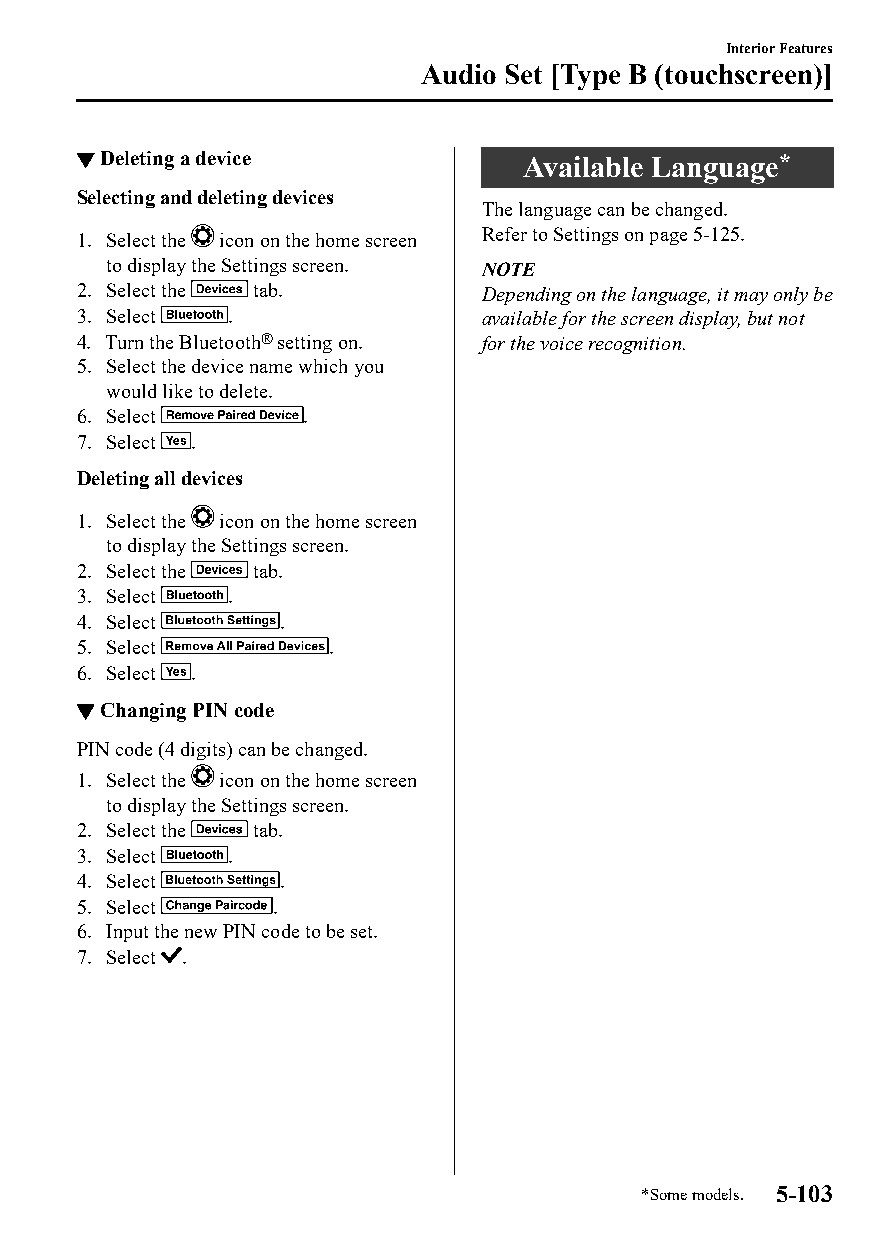
Interior Features
 Audio Set [Type B (touchscreen)]
 ▼Deleting a device           Available Language*
 Selecting and deleting devices
 The language can be changed.
 Refer to Settings on page 5-125.
 1. Select the icon on the home screen
 to display the Settings screen. NOTE
 2. Select the tab.         Depending on the language, it may only be
 3. Select .                available for the screen display, but not
 4. Turn the Bluetooth® setting on. for the voice recognition.
 5. Select the device name which you
 would like to delete.
 6. Select      .
 7. Select .
 Deleting all devices
 1. Select the icon on the home screen
 to display the Settings screen.
 2. Select the tab.
 3. Select .
 4. Select    .
 5. Select       .
 6. Select .
 ▼Changing PIN code
 PIN code (4 digits) can be changed.
 1. Select the icon on the home screen
 to display the Settings screen.
 2. Select the tab.
 3. Select .
 4. Select    .
 5. Select    .
 6. Input the new PIN code to be set.
 7. Select .
 *Some models. 5-103
 CX-3_8GT4-EE-18D_Edition4                  2018-9-6 18:32:19